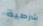
شرطية